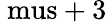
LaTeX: \mathrm{\ mus}+3